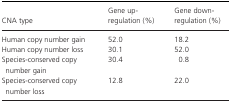
| CNA type | Gene up‐regulation (%) | Gene down‐regulation (%) |
 | --- | --- | --- |
 | Human copy number gain | 52.0 | 18.2 |
 | Human copy number loss | 30.1 | 52.0 |
 | Species‐conserved copy number gain | 30.4 | 0.8 |
 | Species‐conserved copy number loss | 12.8 | 22.0 |